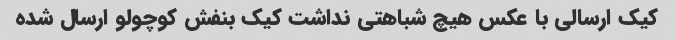
کیک ارسالی با عکس هیچ شباهتی نداشت کیک بنفش کوچولو ارسال شده